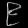
Digit: ၉